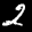
Label: 2